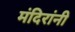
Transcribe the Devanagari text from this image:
मंदिरांनी